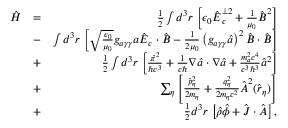
\begin{array} { r l r } { \hat { H } } & { = } & { \frac 1 2 \int d ^ { 3 } \boldsymbol r \, \left[ \epsilon _ { 0 } \hat { \boldsymbol E } _ { c } ^ { \perp 2 } + \frac { 1 } { \mu _ { 0 } } \hat { \boldsymbol B } ^ { 2 } \right] } \\ & { - } & { \int d ^ { 3 } \boldsymbol r \, \left[ \sqrt { \frac { \epsilon _ { 0 } } { \mu _ { 0 } } } g _ { a \gamma \gamma } a \hat { \boldsymbol E } _ { c } \cdot \hat { \boldsymbol B } - \frac { 1 } { 2 \mu _ { 0 } } \left( g _ { a \gamma \gamma } \hat { a } \right) ^ { 2 } \hat { \boldsymbol B } \cdot \hat { \boldsymbol B } \right] } \\ & { + } & { \frac { 1 } { 2 } \int d ^ { 3 } \boldsymbol r \, \left[ \frac { \hat { \pi } ^ { 2 } } { \hbar c ^ { 3 } } + \frac { 1 } { c \hbar } \boldsymbol \nabla \hat { a } \cdot \boldsymbol \nabla \hat { a } + \frac { m _ { a } ^ { 2 } c ^ { 4 } } { c ^ { 3 } \hbar ^ { 3 } } \hat { a } ^ { 2 } \right] } \\ & { + } & { \sum _ { \eta } \left[ \frac { \hat { \boldsymbol p } _ { \eta } ^ { 2 } } { 2 m _ { \eta } } + \frac { q _ { \eta } ^ { 2 } } { 2 m _ { \eta } c ^ { 2 } } \hat { \boldsymbol A } ^ { 2 } ( \hat { \boldsymbol r } _ { \eta } ) \right] } \\ & { + } & { \frac { 1 } { 2 } d ^ { 3 } \boldsymbol r \, \left[ \hat { \rho } \hat { \phi } + \hat { \boldsymbol J } \cdot \hat { \boldsymbol A } \right] , } \end{array}